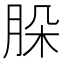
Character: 𦚩